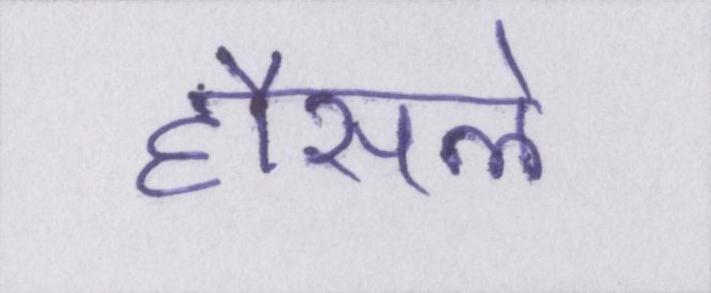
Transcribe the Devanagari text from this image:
हौसले